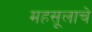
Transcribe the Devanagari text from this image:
महसूलाचे